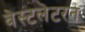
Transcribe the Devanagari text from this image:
वेस्टलेटरन